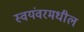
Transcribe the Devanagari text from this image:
स्वयंवरमधील